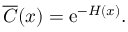
\overline { { C } } ( x ) = \mathrm { e } ^ { - H ( x ) } .